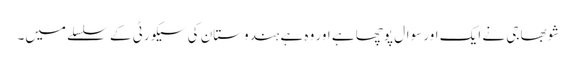
شوبھا جی نے ایک اور سوال پوچھا ہے اور وہ ہے ہندوستان کی سیکورٹی کے سلسلے میں۔